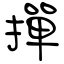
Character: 撣